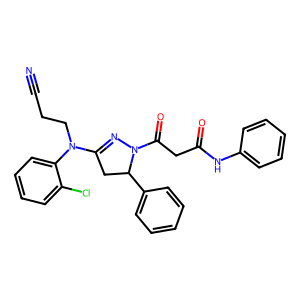
SMILES: N#CCCN(C1=NN(C(=O)CC(=O)Nc2ccccc2)C(c2ccccc2)C1)c1ccccc1Cl
Inhibits HIV replication: No